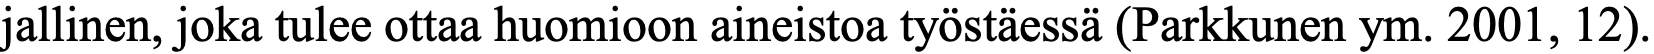
jallinen, joka tulee ottaa huomioon aineistoa työstäessä (Parkkunen ym. 2001, 12).